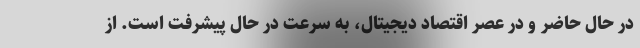
در حال حاضر و در عصر اقتصاد دیجیتال، به سرعت در حال پیشرفت است. از